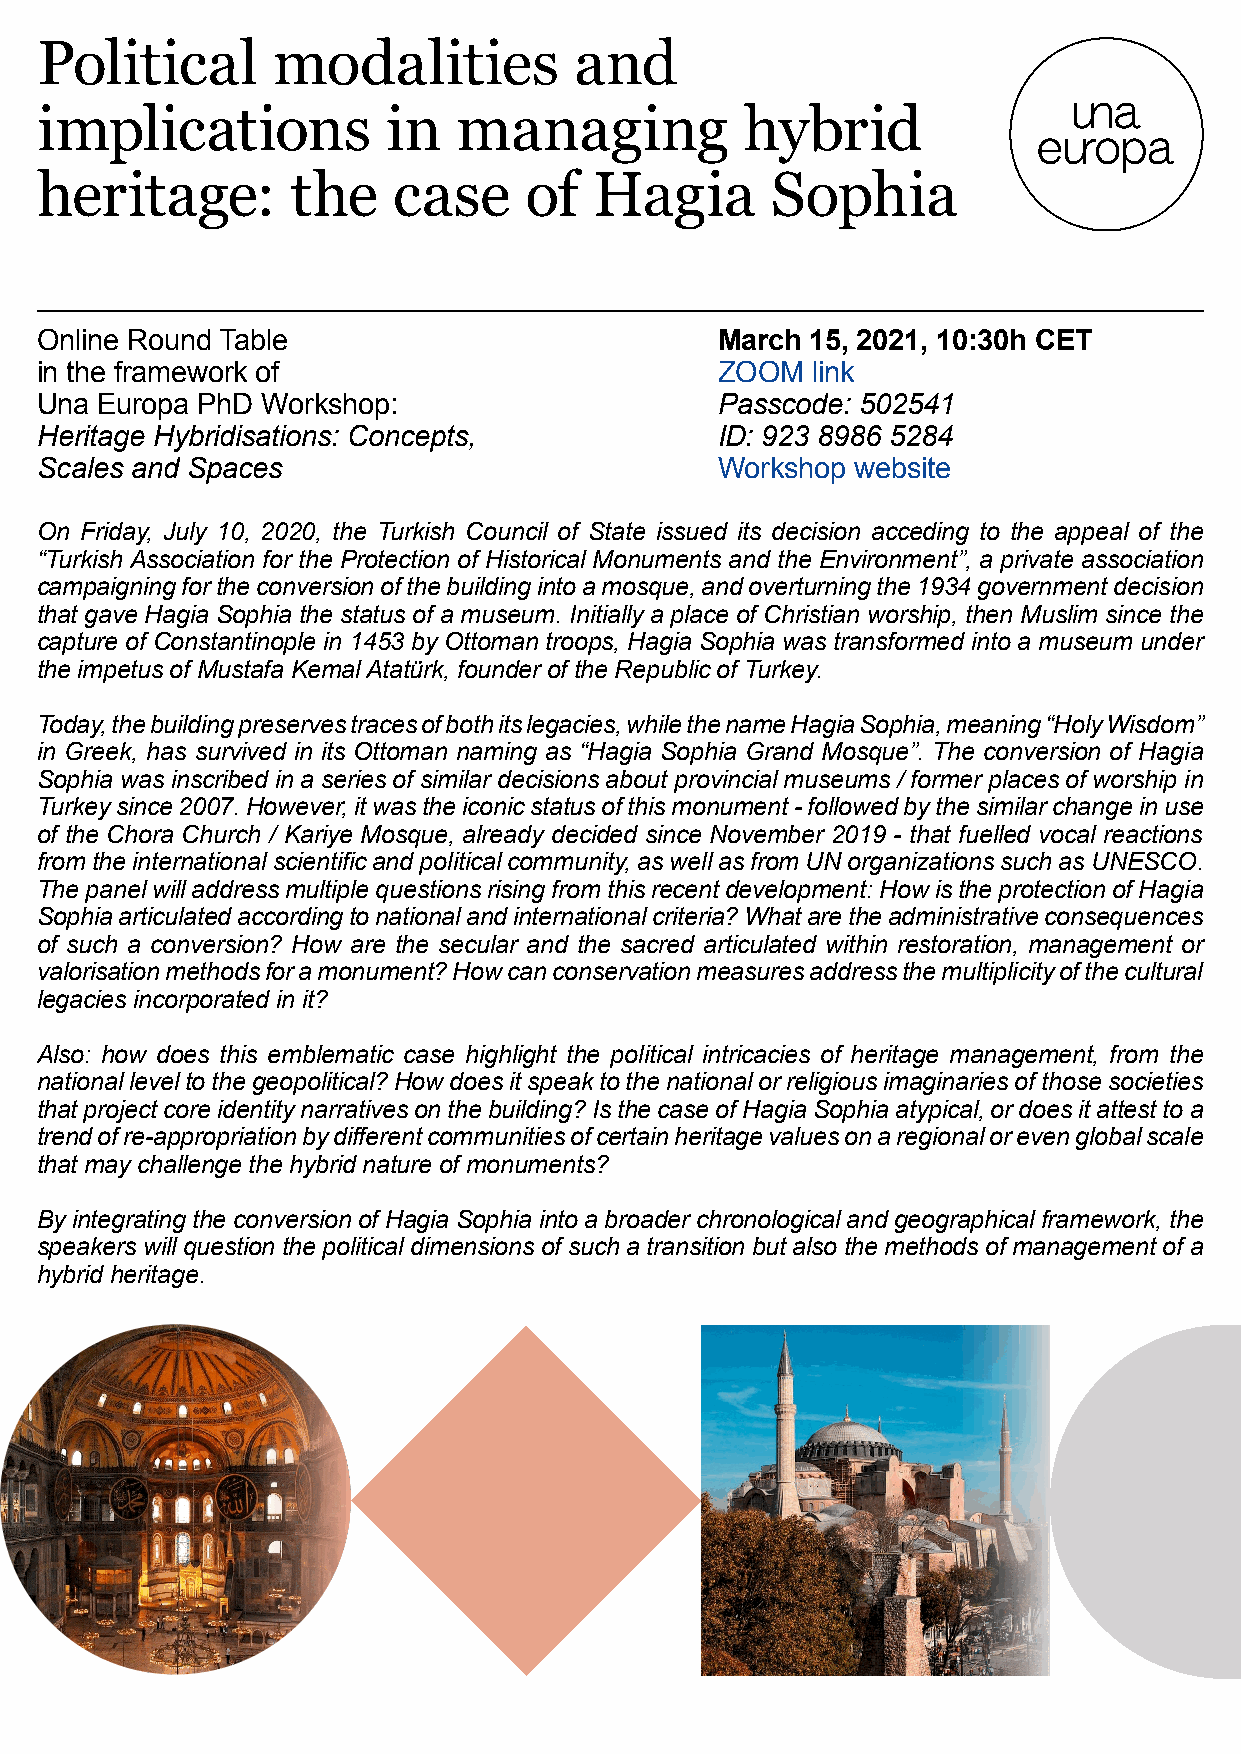
Political       modalities          and
 implications            in  managing           hybrid
 heritage:        the    case     of  Hagia       Sophia
 Online Round Table                           March  15, 2021, 10:30h CET
 in the framework of                          ZOOM   link
 Una Europa PhD Workshop:                     Passcode: 502541
 Heritage Hybridisations: Concepts,           ID: 923 8986 5284
 Scales and Spaces                            Workshop  website
 On Friday, July 10, 2020, the Turkish Council of State issued its decision acceding to the appeal of the
 “Turkish Association for the Protection of Historical Monuments and the Environment”, a private association
 campaigning for the conversion of the building into a mosque, and overturning the 1934 government decision
 that gave Hagia Sophia the status of a museum. Initially a place of Christian worship, then Muslim since the
 capture of Constantinople in 1453 by Ottoman troops, Hagia Sophia was transformed into a museum under
 the impetus of Mustafa Kemal Atatürk, founder of the Republic of Turkey.
 Today, the building preserves traces of both its legacies, while the name Hagia Sophia, meaning “Holy Wisdom”
 in Greek, has survived in its Ottoman naming as “Hagia Sophia Grand Mosque”. The conversion of Hagia
 Sophia was inscribed in a series of similar decisions about provincial museums / former places of worship in
 Turkey since 2007. However, it was the iconic status of this monument - followed by the similar change in use
 of the Chora Church / Kariye Mosque, already decided since November 2019 - that fuelled vocal reactions
 from the international scientific and political community, as well as from UN organizations such as UNESCO.
 The panel will address multiple questions rising from this recent development: How is the protection of Hagia
 Sophia articulated according to national and international criteria? What are the administrative consequences
 of such a conversion? How are the secular and the sacred articulated within restoration, management or
 valorisation methods for a monument? How can conservation measures address the multiplicity of the cultural
 legacies incorporated in it?
 Also: how does this emblematic case highlight the political intricacies of heritage management, from the
 national level to the geopolitical? How does it speak to the national or religious imaginaries of those societies
 that project core identity narratives on the building? Is the case of Hagia Sophia atypical, or does it attest to a
 trend of re-appropriation by different communities of certain heritage values on a regional or even global scale
 that may challenge the hybrid nature of monuments?
 By integrating the conversion of Hagia Sophia into a broader chronological and geographical framework, the
 speakers will question the political dimensions of such a transition but also the methods of management of a
 hybrid heritage.